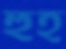
হুহ